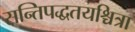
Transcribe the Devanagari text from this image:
सन्तिपद्धतयश्चित्रा